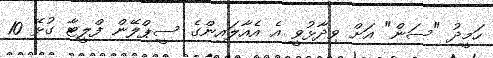
ހަމީދު "ސަން" އަށް ވިދާޅުވީ އެ އެއާލައިންގެ ސީޕްލޭން ފްލީޓާ ގުޅޭ 10